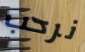
نرحب